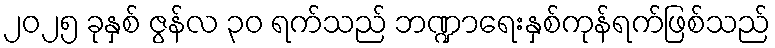
၂၀၂၅ ခုနှစ် ဇွန်လ ၃၀ ရက်သည် ဘဏ္ဍာရေးနှစ်ကုန်ရက်ဖြစ်သည်